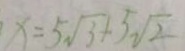
x = 5 \sqrt { 3 } + 5 \sqrt { 2 }